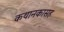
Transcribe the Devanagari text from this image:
कथानकासह